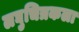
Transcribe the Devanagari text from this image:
लघुचित्रकला